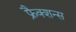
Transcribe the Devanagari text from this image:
फ्रैक्शन्स